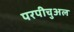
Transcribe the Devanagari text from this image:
परपीचुअल